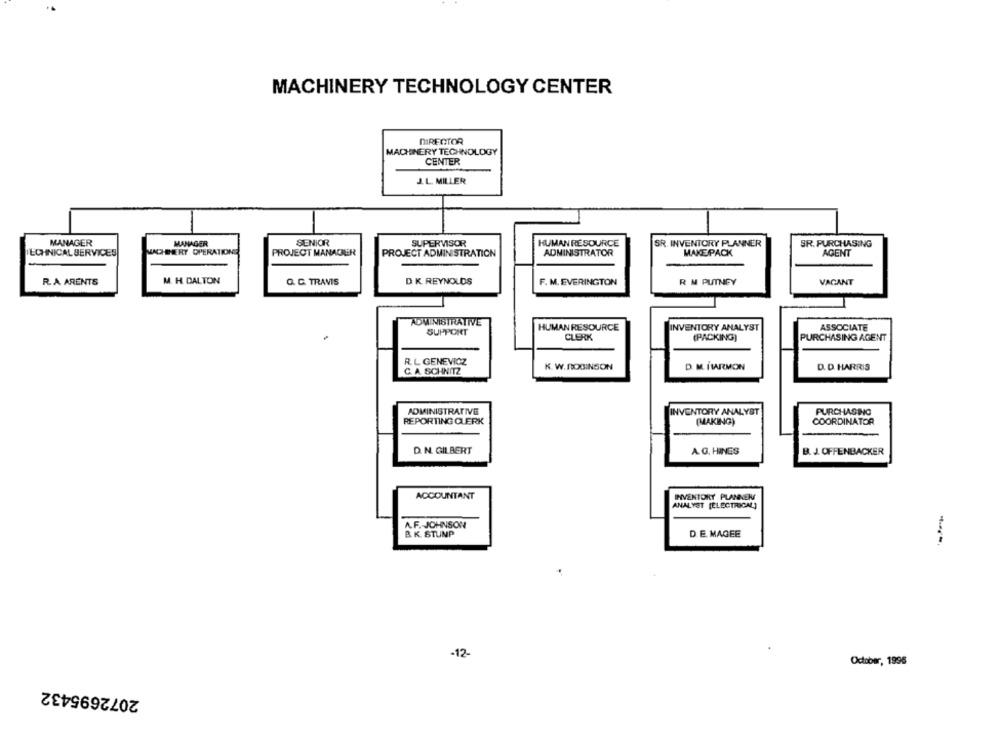
MACHINERY TECHNOLOGY CENTER
DIRECTOR
MACHINERY TECHNOLOGY
CENTER
J.L. MILLER
MANAGER
MANAGER
SENIOR
SUPERVISOR
HUMAN RESOURCE
SR. INVENTORY PLANNER
SR. PURCHASING
LOHNICAL SERVICES
MACHINERY OPERATIONE
PROJECT MANAGER
PROJECT ADMINISTRATION
ADMINISTRATOR
MAKE PACK
AGENT
R. A ARENTS
M. H DALTON
Q. C. TRAVIS
D K REYNOLDS
F. M. EVERINGTON
R M PUTNEY
VAGANT
ADMINISTRATIVE
HUMAN RESOURCE
INVENTORY ANALYST
ASSOCIATE
SUPPORT
CLERK
(PACKING)
PURCHASING AGENT
R. L GENEWICZ
C. A SCHNITZ
K. W.ROBINSON
D. M. İMARMON
D. D. HARRIS
ADMINISTRATIVE
INVENTORY ANALYST
PURCHASING
REPORTING CLERK
(MAKING)
COORDINATOR
D. N. GILBERT
A. G. HINGS
B. J. OFFENBACKER
ACCOUNTANT
INVENTORY PLANNEN
ANALYST [ELECTRICAL]
A.F. JOHNSON
B. K. STUNP
D. E. MAGEE
-12-
October, 1996
2072695432